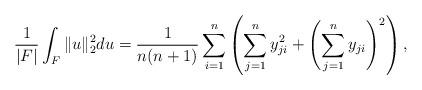
LaTeX: \begin{align*}\frac{1}{|F|}\int_{F}\| u\|_2^2du =\frac{1}{n(n+1)}\sum_{i=1}^n\left ( \sum_{j=1}^ny_{ji}^2+\left(\sum_{j=1}^ny_{ji}\right )^2\right ),\end{align*}